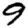
Digit: 9